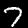
Label: 7